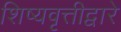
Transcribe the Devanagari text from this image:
शिष्यवृत्तीद्वारे